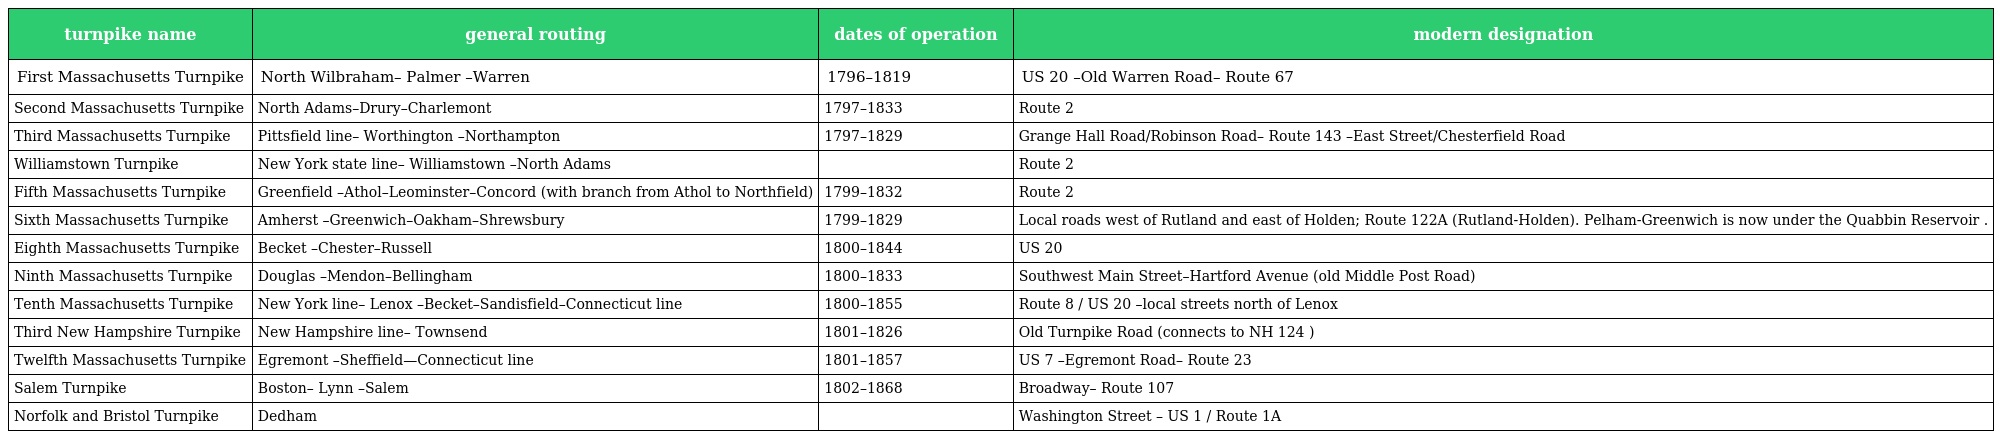
| turnpike name | general routing | dates of operation | modern designation |
 | --- | --- | --- | --- |
 | First Massachusetts Turnpike | North Wilbraham– Palmer –Warren | 1796–1819 | US 20 –Old Warren Road– Route 67 |
 | Second Massachusetts Turnpike | North Adams–Drury–Charlemont | 1797–1833 | Route 2 |
 | Third Massachusetts Turnpike | Pittsfield line– Worthington –Northampton | 1797–1829 | Grange Hall Road/Robinson Road– Route 143 –East Street/Chesterfield Road |
 | Williamstown Turnpike | New York state line– Williamstown –North Adams |  | Route 2 |
 | Fifth Massachusetts Turnpike | Greenfield –Athol–Leominster–Concord (with branch from Athol to Northfield) | 1799–1832 | Route 2 |
 | Sixth Massachusetts Turnpike | Amherst –Greenwich–Oakham–Shrewsbury | 1799–1829 | Local roads west of Rutland and east of Holden; Route 122A (Rutland-Holden). Pelham-Greenwich is now under the Quabbin Reservoir . |
 | Eighth Massachusetts Turnpike | Becket –Chester–Russell | 1800–1844 | US 20 |
 | Ninth Massachusetts Turnpike | Douglas –Mendon–Bellingham | 1800–1833 | Southwest Main Street–Hartford Avenue (old Middle Post Road) |
 | Tenth Massachusetts Turnpike | New York line– Lenox –Becket–Sandisfield–Connecticut line | 1800–1855 | Route 8 / US 20 –local streets north of Lenox |
 | Third New Hampshire Turnpike | New Hampshire line– Townsend | 1801–1826 | Old Turnpike Road (connects to NH 124 ) |
 | Twelfth Massachusetts Turnpike | Egremont –Sheffield—Connecticut line | 1801–1857 | US 7 –Egremont Road– Route 23 |
 | Salem Turnpike | Boston– Lynn –Salem | 1802–1868 | Broadway– Route 107 |
 | Norfolk and Bristol Turnpike | Dedham |  | Washington Street – US 1 / Route 1A |